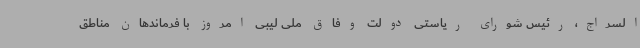
السراج، رئیس شورای ریاستی دولت وفاق ملی لیبی امروز با فرماندهان مناطق